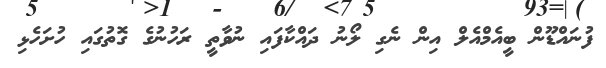
ފުނައްޑޫން ބީއެމްއެލް އިން ނެގި ލޯނު ދައްކާފައި ނުވާތީ ރަހުނުގެ ގޮތުގައި ހުށަހެޅި